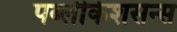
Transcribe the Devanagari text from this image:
पब्लीकेशसन्स